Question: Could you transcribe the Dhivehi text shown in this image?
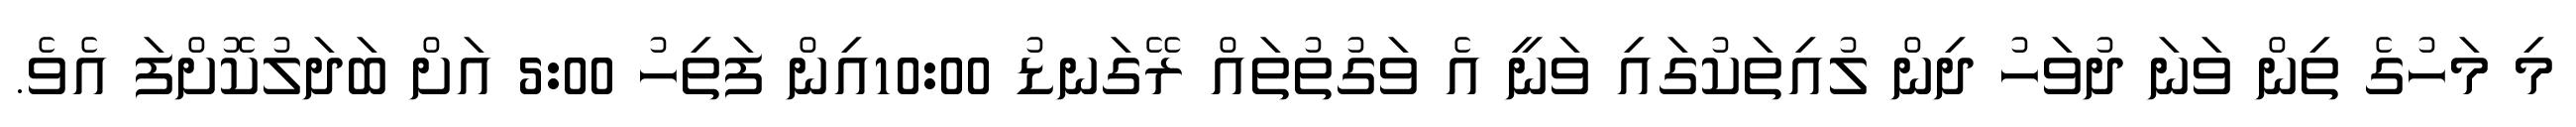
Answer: މި މަހުގެ ތިން ވަނަ ދުވަހު ދިން ލުއިތަކުގައި ވަނީ އެ ވަގުތުތައް ރޭގަނޑު 10:00އިން ފަތިހު 5:00 އަށް ބަދަލުކޮށްފަ އެވެ.